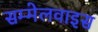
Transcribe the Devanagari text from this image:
सम्मेलवाइस